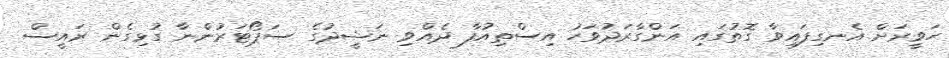
ހަވީރަށް އެނގިފައިވާ ގޮތުގައި އަންގާރަދުވަހު އިސްތިއުފާ ދެއްވި ނަޝީދުގެ ސަޕޯޓަރުންނާ ގުޅިގެން ރައީސް